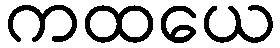
ကထယေ